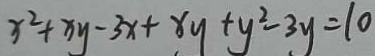
x ^ { 2 } + x y - 3 x + x y + y ^ { 2 } - 3 y = 1 0